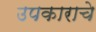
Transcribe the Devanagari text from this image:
उपकाराचे